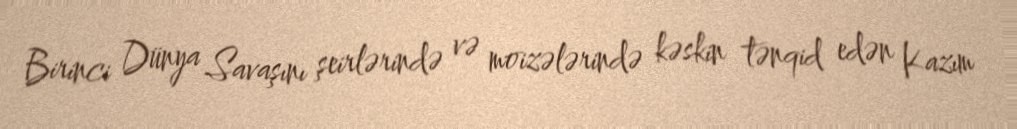
Birinci Dünya Savaşını şeirlərində və moizələrində kəskin tənqid edən Kazım